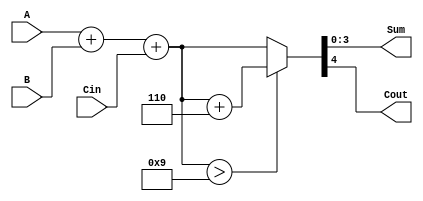
module BCD_Redundant_Binary_Adder (
    input [3:0] A,   // First BCD input in redundant binary format
    input [3:0] B,   // Second BCD input in redundant binary format
    input Cin,       // Carry input
    output reg [3:0] Sum, // BCD output in redundant binary format
    output reg Cout      // Carry output
);

    // Internal signals
    reg [4:0] temp_sum; // Temporary sum to hold the 5-bit result (4 bits + carry)
    reg [4:0] corrected_sum; // Holds the corrected sum if needed

    always @(*) begin
        // Step 1: Add the two BCD inputs with carry
        temp_sum = A + B + Cin;

        // Step 2: Check if correction is needed (if sum exceeds 9)
        if (temp_sum > 9) begin
            corrected_sum = temp_sum + 5'b00110; // Add 6 (BCD correction)
        end else begin
            corrected_sum = temp_sum;
        end

        // Step 3: Assign the corrected sum to the output
        Sum = corrected_sum[3:0]; // Take only the lower 4 bits for the BCD output
        Cout = corrected_sum[4]; // Carry out from the most significant bit
    end

endmodule